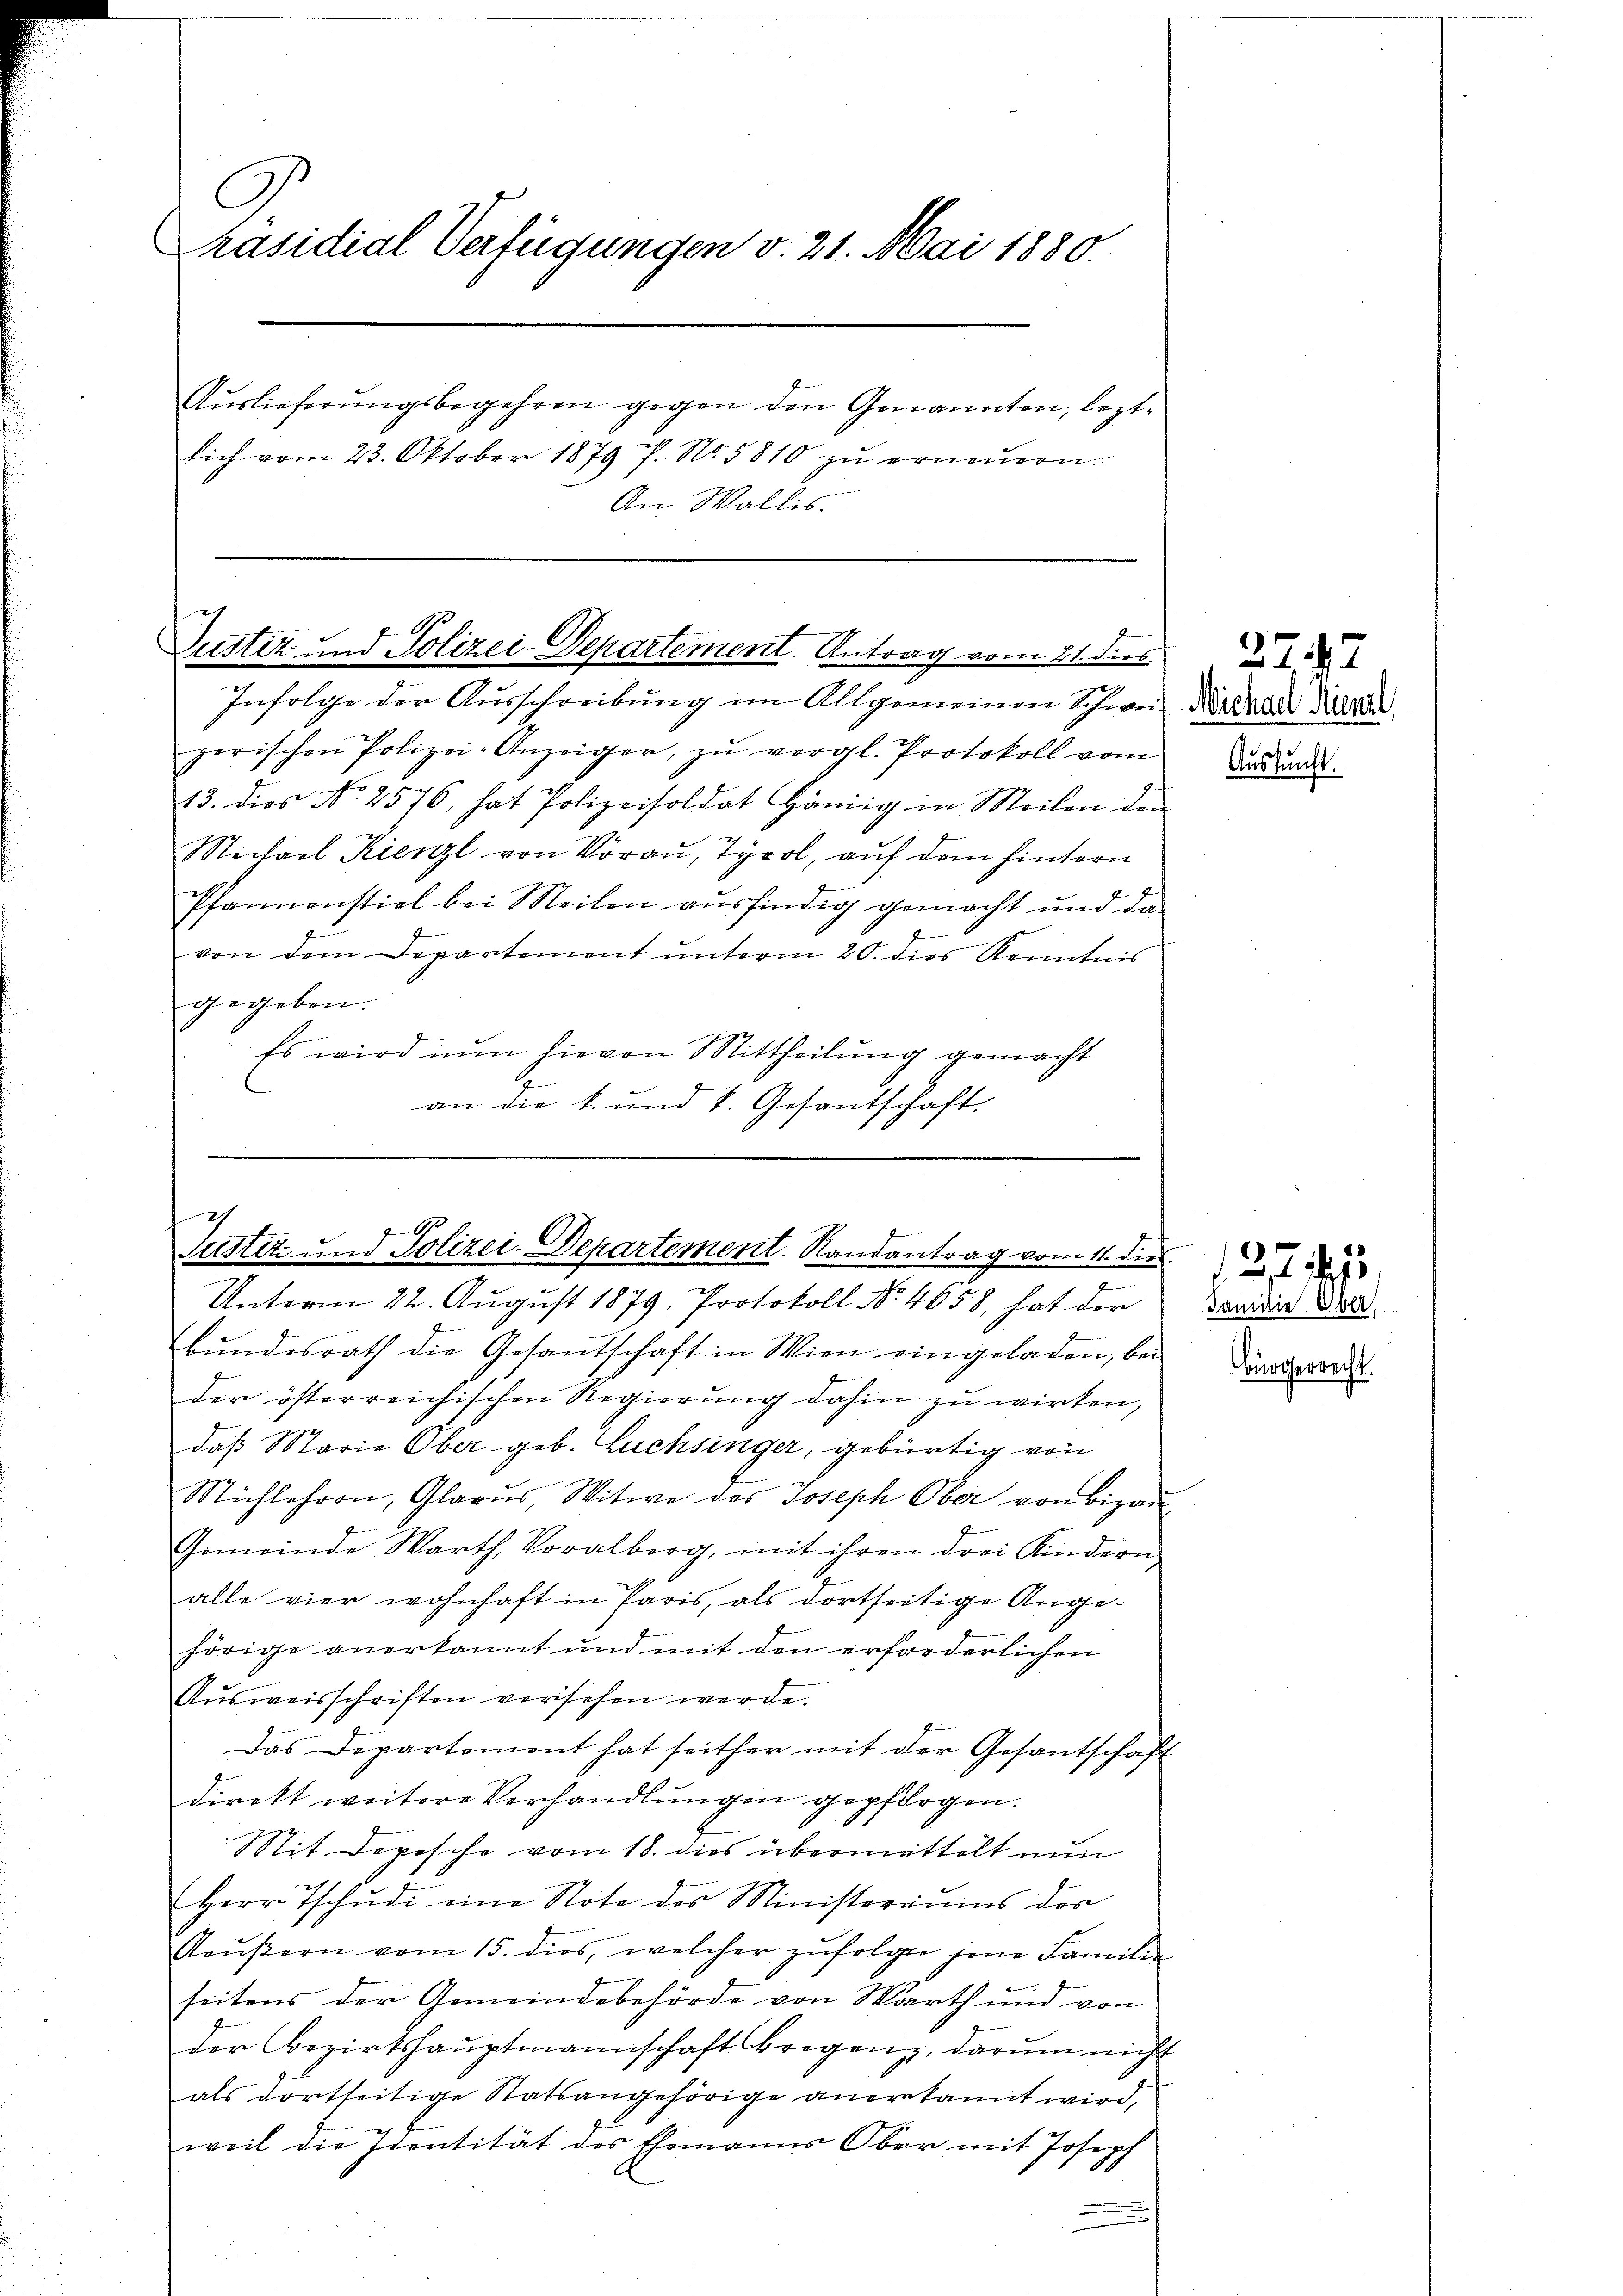
G
Präsidial Verfügungen v. 21. Mai 1880.
Auslieferungsbegehren gegen den Genannten, leztsich vom 23. Oktober 1879 f. No. 5810 zŭ erneŭern.
An Wallis.

Justiz- und Polizei-Departement. Antrag vom 21. dies

Infolge der Ausschreibung im Allgemeinen Schweil Niedernde die
perischen Polizei-Anzeiger zŭ vergl. Protokoll vom
13. dies No. 2576, hat Polizeisoldat Hämig in Meilen der
Michael Kienzl von Vorau, Tyrol, auf dem hintern
Pfannenstiel bei Meilen ausfindig gemacht und da
von dem Departement unterm 20. dies Kenntnis
gegeben.
Es wird nun hievon Mittheilung gemacht
4
an die k. und k. Gesantschaft.

Justiz- und Polizei-Departement. Randantrag vom 11. dies
Unterm 22. August 1879. Protokoll No 4658, hat der

bŭndesrath die Gesantschaft in Wien eingeladen, bei
der österreichischen Regierung dahin zu wirken,
daß Marie Ober geb. Luchsinger, gebürtig von
Michlehorn, Glarus, Witwe des Joseph Ober von Bigaŭ-
Gemeinde Warth, Voralberg, mit ihren drei Kindern
alle vier wohnhaft in Paris, als dortseitige Angehörige anerkannt und mit den erforderlichen
Ausweisschriften versehen werde.
Das Departement hat seither mit der Gesantschaft
direkt weitere Verhandlŭngen gepflogen.
Mit Depesche vom 18. dies übermittelt nun
Herr Tschŭdi eine Note des Ministeriums der
Aaŭβern vom 15. dies, welcher zŭfolgte jene Familie
seitens der Gemeindebehörde von Warth und von
der Bezirkshaŭptmannschaft Bregenz, darŭm nicht
als dortseitige Statsangehörige anerkannt wird,
weil die Identität des Ehemanns Ober mit Joseph
.

3747

Auskunft.

127. 115
Familie Ober

bürgerrecht.